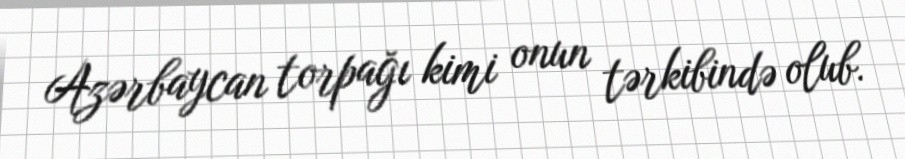
Azərbaycan torpağı kimi onun tərkibində olub.